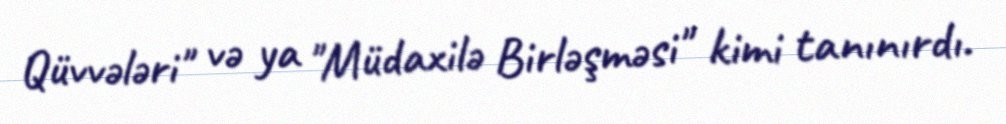
Qüvvələri" və ya "Müdaxilə Birləşməsi" kimi tanınırdı.